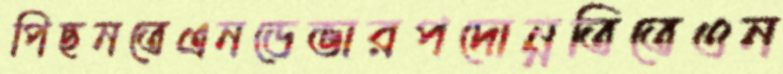
পিছনতেএনডেভারপদোন্নতিতেওন